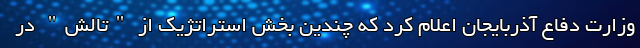
وزارت دفاع آذربایجان اعلام کرد که چندین بخش استراتژیک از "تالش" در